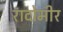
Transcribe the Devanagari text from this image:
रादोमीर